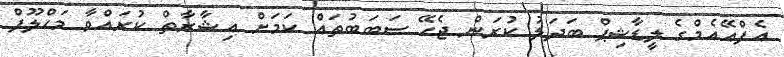
އެފްއޭއެމްގެ ލީޑާޝިޕް ބަދަލު ކުރަން ޖެހޭ ސަބަބުތައް ކަމަށް އިޝާރާތް ކުރައްވާ މަހްލޫފް